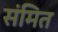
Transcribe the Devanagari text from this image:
संमित